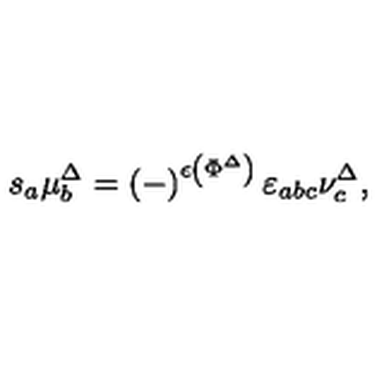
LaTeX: s _ { a } \mu _ { b } ^ { \Delta } = \left( - \right) ^ { \epsilon \left( \Phi ^ { \Delta } \right) } \varepsilon _ { a b c } \nu _ { c } ^ { \Delta } ,